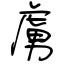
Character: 虜